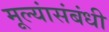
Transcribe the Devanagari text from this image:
मूल्यांसंबंधी